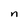
Character: n